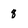
Character: q